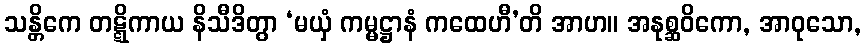
သန္တိကေ တဋ္ဋိကာယ နိသီဒိတွာ ‘မယှံ ကမ္မဋ္ဌာနံ ကထေဟီ’တိ အာဟ။ အနုစ္ဆဝိကော, အာဝုသော,